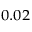
_ { 0 . 0 2 }